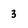
Character: 3